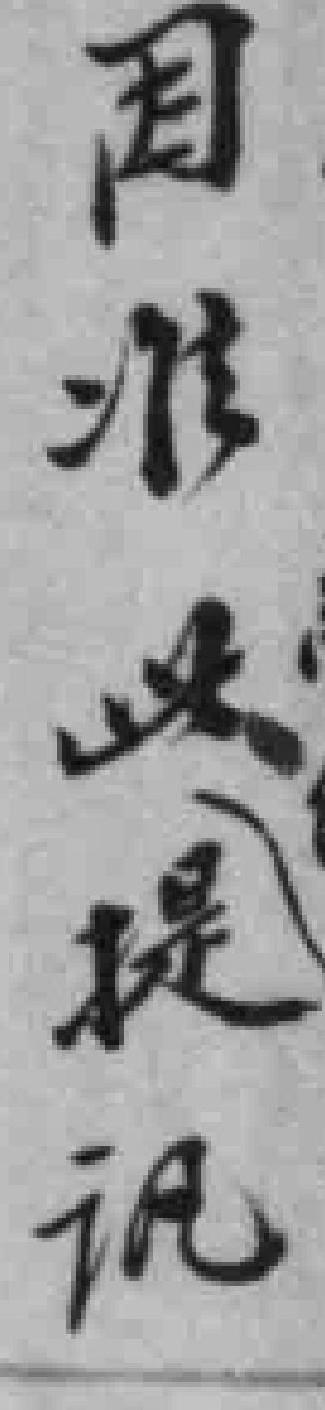
因准此提讯